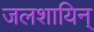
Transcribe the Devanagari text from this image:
जलशायिन्